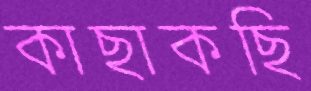
কাছাকছি